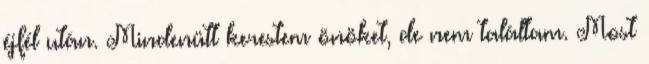
éjfél után. Mindenütt kerestem önöket, de nem találtam. Most